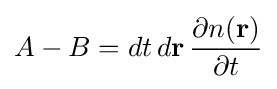
A-B=dt\,d\mathbf {r} \,{\frac {\partial n(\mathbf {r} )}{\partial t}}